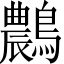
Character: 𪆯